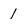
Character: 1